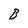
Character: B